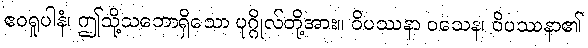
ဧဝရူပါနံ၊ ဤသို့သဘောရှိသော ပုဂ္ဂိုလ်တို့အား။ ဝိပဿနာ ဝသေန၊ ဝိပဿနာ၏